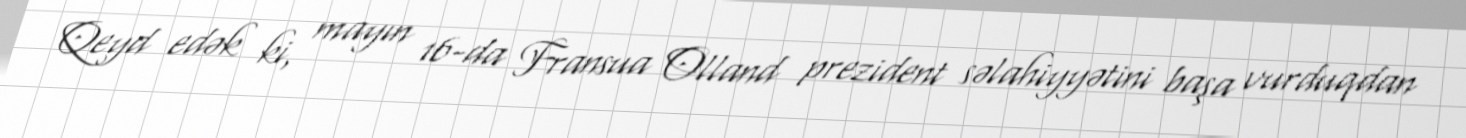
Qeyd edək ki, mayın 16-da Fransua Olland prezident səlahiyyətini başa vurduqdan